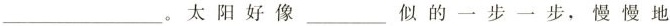
___。太阳好像___似的一步一步，慢慢地